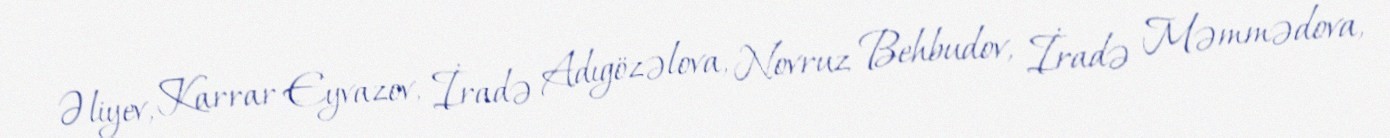
Əliyev, Karrar Eyvazov, İradə Adıgözəlova, Novruz Behbudov, İradə Məmmədova,